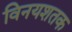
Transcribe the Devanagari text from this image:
विनयशतक